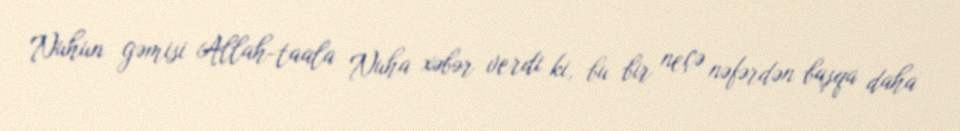
Nuhun gəmisi Allah-taala Nuha xəbər verdi ki, bu bir neçə nəfərdən başqa daha